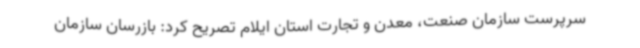
سرپرست سازمان صنعت، معدن و تجارت استان ایلام تصریح کرد: بازرسان سازمان